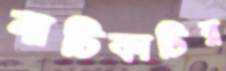
নাটিকাটির